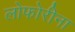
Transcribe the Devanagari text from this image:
लोफोरीना